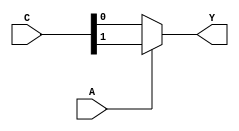
`timescale 1ns / 1ps
//Ryan Flickinger

//Basic 2 to 1 mux using Dataflow
module _2to1mux(
    input [1:0] C,
    input A,
    output Y
);
    
    assign Y  = (A)?C[1]:C[0];
    
endmodule

//Dual 4 to 1 mux using Dataflow
module _74153(
    input[3:0] D1,D2,
    input G1,G2,
    input A,B,
    output Y1,Y2
); 
    wire[3:0] C1, C2;
    wire aNot, aNotNot, bNot, bNotNot, g1Not, g2Not;
    
    //Set all NOT wires
    assign aNot = ~A;
    assign aNotNot = ~aNot;
    assign bNot = ~B;
    assign bNotNot = ~bNot;
    assign g1Not = ~G1;
    assign g2Not = ~G2;
    
    //first mux individual outputs
    assign C1[0]  = g1Not & bNot & aNot & D1[0];
    assign C1[1]  = g1Not & bNot & aNotNot & D1[1];
    assign C1[2]  = g1Not & bNotNot & aNot & D1[2];
    assign C1[3]  = g1Not & bNotNot & aNotNot & D1[3];
    
    //first mux output
    assign Y1 = C1[3] | C1[2] | C1[1] | C1[0];
    
    //second mux individual outputs
    assign C2[0]  = g2Not & bNot & aNot & D2[0];
    assign C2[1]  = g2Not & bNot & aNotNot & D2[1];
    assign C2[2]  = g2Not & bNotNot & aNot & D2[2];
    assign C2[3]  = g2Not & bNotNot & aNotNot & D2[3];
    
    //Second mux output
    assign Y2 = C2[3] | C2[2] | C2[1] | C2[0];
    
    
endmodule

// 8 to 1 multiplexor
module _8bitmux(
    input[7:0] D,
    input[2:0] S,
    output Y
);
    //wires for enable input and both ouputs
    wire S2Not, Y1, Y2;
    
    // S2Not will always be opposite of S2, so only one mux can be enabled
    assign S2Not = ~S[2];
    
    //Run data through 74153 module
    _74153 _my8BitMux( D[3:0], D[7:4], S[2], S2Not, S[0], S[1], Y1, Y2);
    
    // assign value from both outputs to singular Y output
    assign Y = Y1 | Y2;  

endmodule